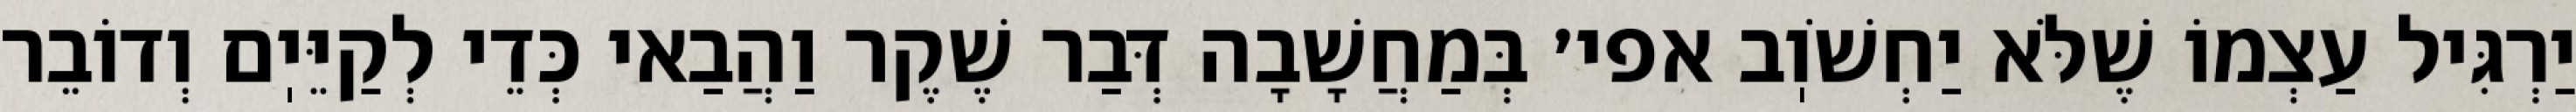
יַרְגִּיל עַצְמוֹ שֶׁלֹּא יַחְשֹׁוֽב אפי׳ בְּמַחֲשָׁבָה דְּבַר שֶׁקֶר וַהֲבַאי כְּדֵי לְקַיֵּיֽם וְדוֹבֵר